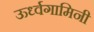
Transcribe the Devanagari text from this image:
ऊर्ध्वगामिनी